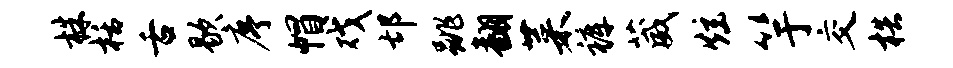
株栝舌歇序帽戏邙跳翻菜裤葳炫竽交梏